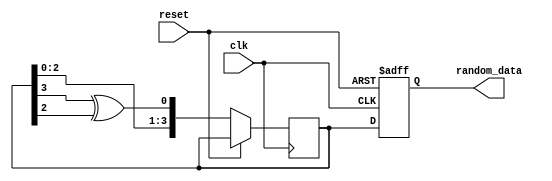
`timescale 1ns / 1ps
//////////////////////////////////////////////////////////////////////////////////
// Company: 
// Engineer: 
// 
// Design Name: 
// Module Name:    lfsr1 
// Project Name: 
// Target Devices: 
// Tool versions: 
// Description: 
//
// Dependencies: 
//
// Revision: 
// Revision 0.01 - File Created
// Additional Comments: 
//
//////////////////////////////////////////////////////////////////////////////////
module lfsr1 #(parameter seed=4'b0001,size=4)(random_data,clk,reset);
output reg [size-1:0] random_data;
input clk,reset;
reg [3:0] im_data=seed;


always@ (negedge clk,posedge reset)
begin
if(reset)
random_data<=seed;
else
begin
im_data<={im_data[2:0],(im_data[3]^im_data[2])};
random_data<=im_data;
end
end

endmodule